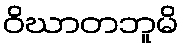
ဝိဃာတဘူမိ